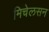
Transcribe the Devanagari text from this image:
मिचेलसन